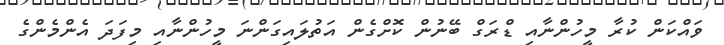
ވައްކަން ކުރާ މީހުންނާއި ޑްރަގް ބޭނުން ކޮށްގެން އަތުލައިގަންނަ މީހުންނާއި މިފަދަ އެންމެންގެ